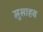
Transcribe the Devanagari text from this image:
मुसाहब